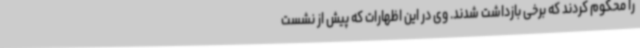
را محکوم کردند که برخی بازداشت شدند. وی در این اظهارات که پیش از نشست